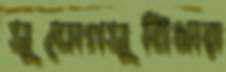
সুযোগসুবিধার